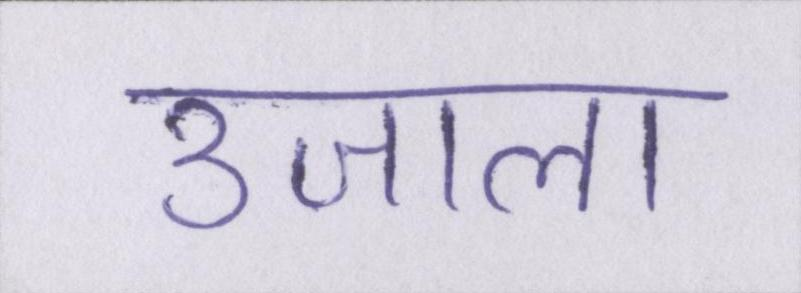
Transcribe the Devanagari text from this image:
उजाला